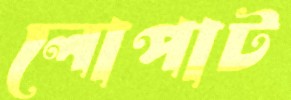
লোপাট